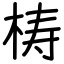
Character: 梼